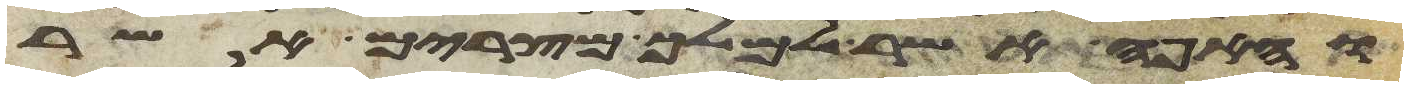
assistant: והאפה אשר למלך מצרים אשר